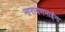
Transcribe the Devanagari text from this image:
नारायणभाईंना